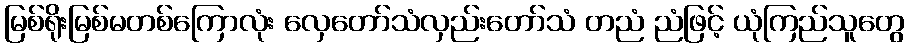
မြစ်ရိုးမြစ်မတစ်ကြောလုံး လှေတော်သံလှည်းတော်သံ တညံ ညံဖြင့် ယုံကြည်သူတွေ